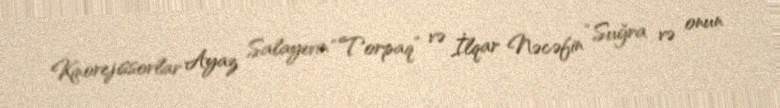
Kinorejissorlar Ayaz Salayevin “Torpaq” və İlqar Nəcəfin “Suğra və onun